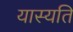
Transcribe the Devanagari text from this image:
यास्यति